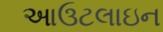
આઉટલાઇન